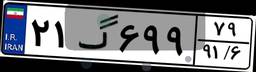
۲۱گ۶۹۹۷۹